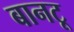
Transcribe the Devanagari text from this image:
बानटू